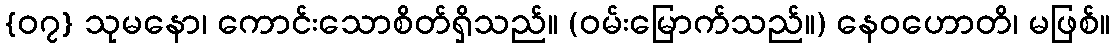
{၀၇} သုမနော၊ ကောင်းသောစိတ်ရှိသည်။ (ဝမ်းမြောက်သည်။) နေဝဟောတိ၊ မဖြစ်။